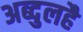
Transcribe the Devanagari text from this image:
अब्दुलहै